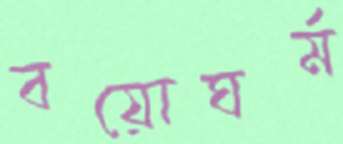
বয়োঘর্ম